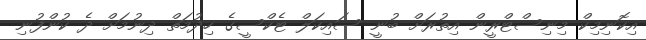
އިކޮނިމިކް މިނިސްޓްރީން އިތުރަށް ބުނީ ސައިކަލް ޓެކްސީގެ ހިދުމަތް ދިނުމަށް ދެ ކުންފުނި